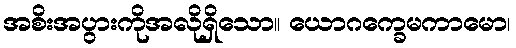
အစိးအပွားကိုအလိုရှိသော။ ယောဂက္ခေမကာမော၊